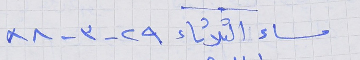
مساء الثلثاء ٢٩ - ٣- ٨٨